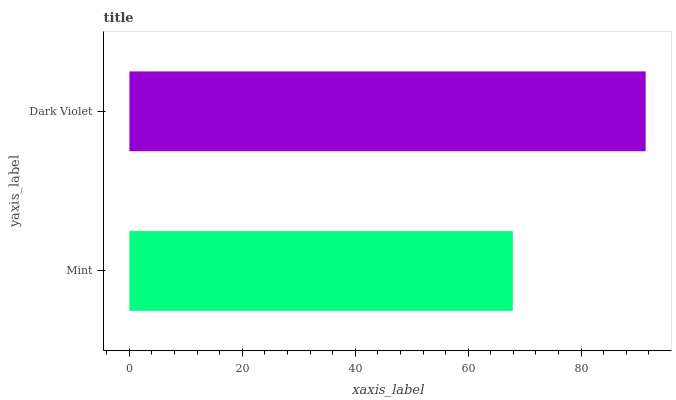
| yaxis_label | bars |
 | --- | --- |
 | Mint | 67.9 |
 | Dark Violet | 91.4 |